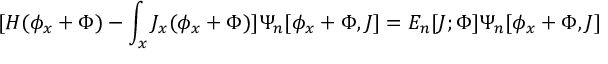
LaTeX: [ H ( \phi _ { x } + \Phi ) - \int _ { x } J _ { x } ( \phi _ { x } + \Phi ) ] \Psi _ { n } [ \phi _ { x } + \Phi , J ] = E _ { n } [ J ; \Phi ] \Psi _ { n } [ \phi _ { x } + \Phi , J ]